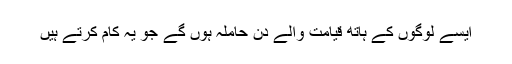
ایسے لوگوں کے ہاتھ قیامت والے دن حاملہ ہوں گے جو یہ کام کرتے ہیں